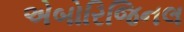
એબોરિજિનલ